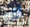
أنه